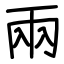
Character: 兩